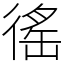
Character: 徭